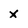
Character: x